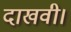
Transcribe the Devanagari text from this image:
दाखवी।